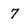
Character: 7